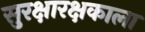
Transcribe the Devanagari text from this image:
सुरक्षारक्षकाला